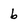
Character: b